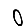
Digit: 0